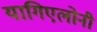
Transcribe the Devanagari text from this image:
यागिएलोनी